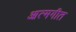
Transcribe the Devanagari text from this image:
आत्मगीत